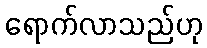
ရောက်လာသည်ဟု